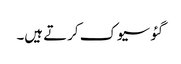
گئو سیوک کرتے ہیں۔